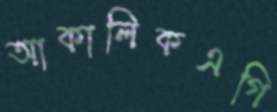
আকালিকএগি